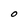
Character: O